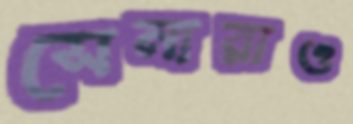
সেনারাও